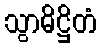
သွာဓိဋ္ဌိတံ